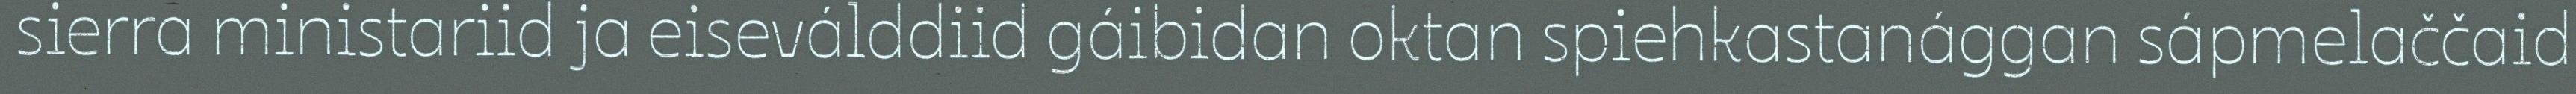
sierra ministariid ja eiseválddiid gáibidan oktan spiehkastanággan sápmelaččaid